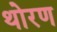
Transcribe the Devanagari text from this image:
थोरण